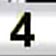
Digit: 4